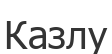
Казлу